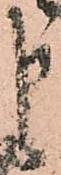
申